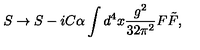
S \to S - i C \alpha \int d ^ { 4 } x \frac { g ^ { 2 } } { 3 2 \pi ^ { 2 } } F \tilde { F } ,